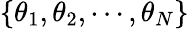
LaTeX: \{ \theta_{1},\theta_{2},\cdots,\theta_{N}\}